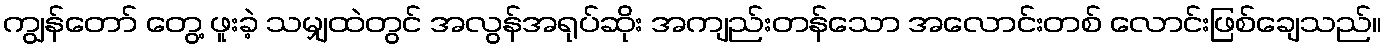
ကျွန်တော် တွေ့ ဖူးခဲ့ သမျှထဲတွင် အလွန်အရုပ်ဆိုး အကျည်းတန်သော အလောင်းတစ် လောင်းဖြစ်ချေသည်။